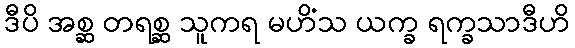
ဒီပိ အစ္ဆ တရစ္ဆ သူကရ မဟိံသ ယက္ခ ရက္ခသာဒီဟိ